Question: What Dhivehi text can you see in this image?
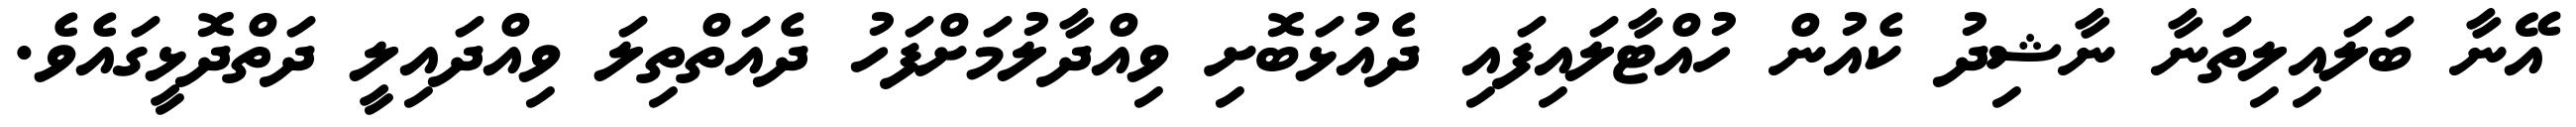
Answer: އޭނާ ބަލައިލިތަނާ ނާޝިދު ކެއުން ހުއްޓާލައިފައި ދެއުޅަބޮށި ވިއްދާލުމަށްފަހު ދެއަތްތިލަ ވިއްދައިލީ ދަތްދޮޅީގައެވެ.